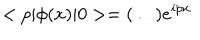
< p | { \phi } ( x ) | 0 > = ( \ldots ) e ^ { i p x }